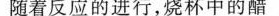
随着反应的进行，烧杯中的醋